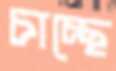
চাচ্ছে